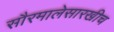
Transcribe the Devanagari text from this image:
सौरमालेसारखीच